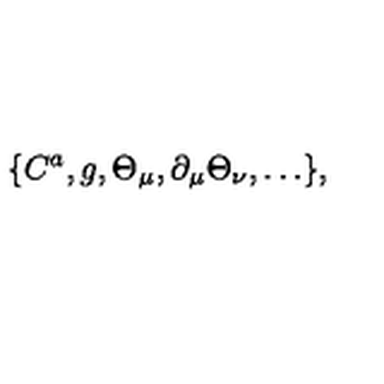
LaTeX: \{ C ^ { a } , g , \Theta _ { \mu } , \partial _ { \mu } \Theta _ { \nu } , \ldots \} ,